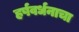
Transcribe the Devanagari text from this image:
हर्षवर्धनाचा